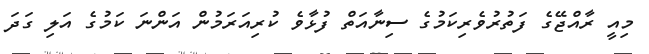
މިއީ ރާއްޖޭގެ ފަތުރުވެރިކަމުގެ ސިނާއަތް ފުޅާވެ ކުރިއަރަމުން އަންނަ ކަމުގެ އަލި ގަދަ